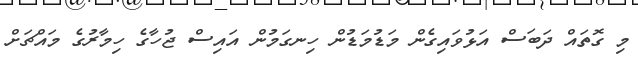
މި ގޮތައް ދަބަސް އަޅުވައިގެން މަޑުމަޑުން ހިނގަމުން އައިސް ޖުހާގެ ހިމާރުގެ މައްޗަށް